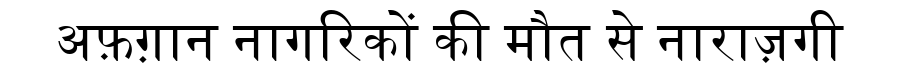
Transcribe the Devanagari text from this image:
अफ़ग़ान नागरिकों की मौत से नाराज़गी